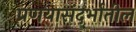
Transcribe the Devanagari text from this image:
प्रणयासंदर्भातील